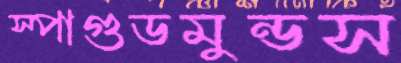
স্পাগুডমুন্ডস